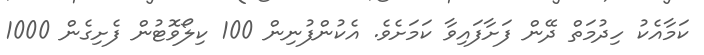
ކަމާއެކު ހިދުމަތް ދޭން ފަށާފައިވާ ކަމަށެވެ. އެކުންފުނިން 100 ކިލޯވޮޓުން ފެށިގެން 1000